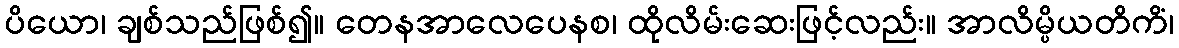
ပိယော၊ ချစ်သည်ဖြစ်၍။ တေနအာလေပေနစ၊ ထိုလိမ်းဆေးဖြင့်လည်း။ အာလိမ္ပိယတိကိံ၊